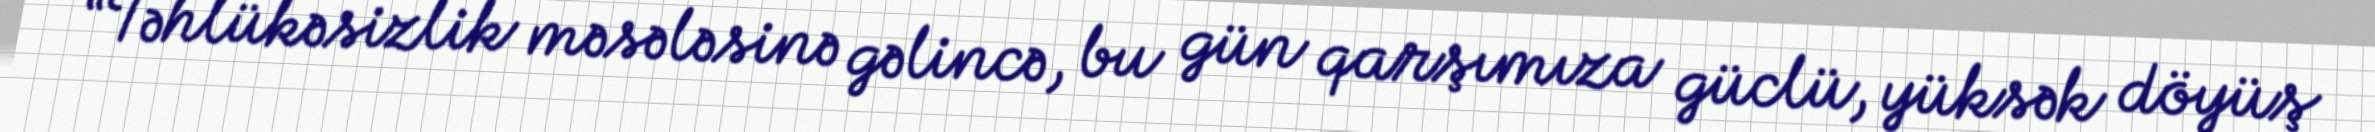
“Təhlükəsizlik məsələsinə gəlincə, bu gün qarşımıza güclü, yüksək döyüş